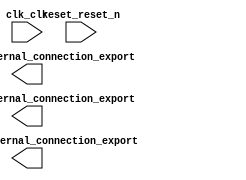

module present_core (
	clk_clk,
	pio_avail_external_connection_export,
	pio_height_external_connection_export,
	pio_width_external_connection_export,
	reset_reset_n);	

	input		clk_clk;
	output	[31:0]	pio_avail_external_connection_export;
	output	[31:0]	pio_height_external_connection_export;
	output	[31:0]	pio_width_external_connection_export;
	input		reset_reset_n;
endmodule